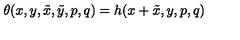
\theta ( x , y , \tilde { x } , \tilde { y } , p , q ) = h ( x + \tilde { x } , y , p , q )